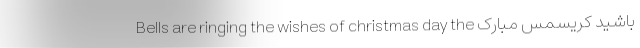
باشید کریسمس مبارک Bells are ringing the wishes of christmas day the